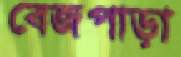
বেজপাড়া